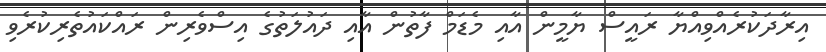
އިރާދަކުރެއްވިއްޔާ ރައީސް ޔާމީން އާއި މެޑަމް ފާތުން އާއި ދައުލަތުގެ އިސްވެރިން ރައްކައުތެރިކުރެވި